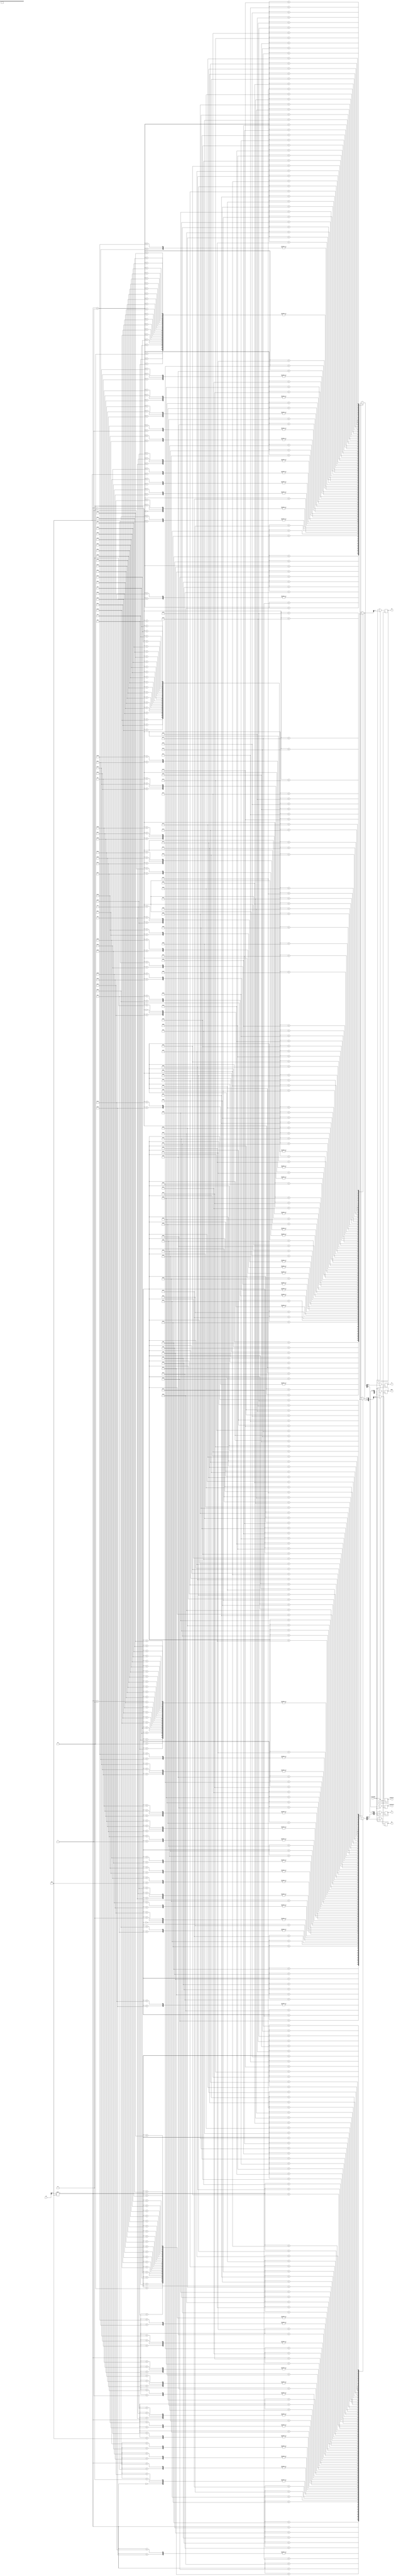
`timescale 1ns / 1ps
//////////////////////////////////////////////////////////////////////////////////
// Company: 
// Engineer: 
// 
// Design Name: 
// Module Name: InstructionMemory
// Project Name: 
// Target Devices: 
// Tool Versions: 
// Description: 
// 
// Dependencies: 
// 
// Revision:
// Revision 0.01 - File Created
// Additional Comments:
// 
//////////////////////////////////////////////////////////////////////////////////


module InstructionMemory(
    input clk,
    input [31:0] pc,
    input InsMemRW,
    output reg [5:0] op,
    output reg [4:0] rs,
    output reg [4:0] rt,
    output reg [4:0] rd,
    output reg [4:0] shAmount,
    output reg [15:0] immediate,
    output reg [25:0] addr
    );
    wire [7:0] mem[0:127];

    //addi $1,$0,8  00
    //1 00001000 00000001 00000000 00001000 08010008
    assign mem[0] = 8'b00001000;
    assign mem[1] = 8'b00000001;
    assign mem[2] = 8'b00000000;
    assign mem[3] = 8'b00001000;

    //ori  $2,$0,2  04
    //2 01001000 00000010 00000000 00000010 48020002
    assign mem[4] = 8'b01001000;
    assign mem[5] = 8'b00000010;
    assign mem[6] = 8'b00000000;
    assign mem[7] = 8'b00000010;

    //or  $3,$2,$1  08
    //3 01000000 01000001 00011000 00000000 40411800
    assign mem[8] = 8'b01000000;
    assign mem[9] = 8'b01000001;
    assign mem[10] = 8'b00011000;
    assign mem[11] = 8'b00000000;

    //sub  $4,$3,$1 0C
    //4 00000100 01100001 00100000 00000000 04612000
    assign mem[12] = 8'b00000100;
    assign mem[13] = 8'b01100001;
    assign mem[14] = 8'b00100000;
    assign mem[15] = 8'b00000000;

    //and  $5,$4,$2 10
    //5 01000100 10000010 00101000 00000000 44822800
    assign mem[16] = 8'b01000100;
    assign mem[17] = 8'b10000010;
    assign mem[18] = 8'b00101000;
    assign mem[19] = 8'b00000000;

    //sll   $5,$5,2 14
    //6 01100000 00000101 00101000 10000000 60052880
    assign mem[20] = 8'b01100000;
    assign mem[21] = 8'b00000101;
    assign mem[22] = 8'b00101000;
    assign mem[23] = 8'b10000000;

    //beq  $5,$1,-2 18
    //7 11010000 10100001 11111111 11111110 D0A1FFFE
    assign mem[24] = 8'b11010000;
    assign mem[25] = 8'b10100001;
    assign mem[26] = 8'b11111111;
    assign mem[27] = 8'b11111110;

    //jal  0x00000040   1C
    //8 11101000 00000000 00000000 00010000 E8000010
    assign mem[28] = 8'b11101000;
    assign mem[29] = 8'b00000000;
    assign mem[30] = 8'b00000000;
    assign mem[31] = 8'b00010000;

    //slt  $8,$12,$1    20
    //9 10011001 10000001 01000000 00000000 99814000
    assign mem[32] = 8'b10011001;
    assign mem[33] = 8'b10000001;
    assign mem[34] = 8'b01000000;
    assign mem[35] = 8'b00000000;

    //addi  $13,$0,-2   24
    //10 00001000 00001101 11111111 11111110 080DFFFE
    assign mem[36] = 8'b00001000;
    assign mem[37] = 8'b00001101;
    assign mem[38] = 8'b11111111;
    assign mem[39] = 8'b11111110;

    //slt  $9,$8,$13    28
    //11 10011001 00001101 01001000 00000000 990D4800
    assign mem[40] = 8'b10011001;
    assign mem[41] = 8'b00001101;
    assign mem[42] = 8'b01001000;
    assign mem[43] = 8'b00000000;

    //sltiu  $10,$9,2   2C
    //12 10011101 00101010 00000000 00000010 9D2A0002
    assign mem[44] = 8'b10011101;
    assign mem[45] = 8'b00101010;
    assign mem[46] = 8'b00000000;
    assign mem[47] = 8'b00000010;

    //sltiu  $11,$10,0  30
    //13 10011101 01001011 00000000 00000000 9D4B0000
    assign mem[48] = 8'b10011101;
    assign mem[49] = 8'b01001011;
    assign mem[50] = 8'b00000000;
    assign mem[51] = 8'b00000000;

    //addi  $13,$13,1   34
    //14 00001001 10101101 00000000 00000001 09AD0001
    assign mem[52] = 8'b00001001;
    assign mem[53] = 8'b10101101;
    assign mem[54] = 8'b00000000;
    assign mem[55] = 8'b00000001;

    //bltz $13,-2   38
    //15 11011001 10100000 11111111 11111110 D9A0FFFE
    assign mem[56] = 8'b11011001;
    assign mem[57] = 8'b10100000;
    assign mem[58] = 8'b11111111;
    assign mem[59] = 8'b11111110;

    //j  0x000004C  3C
    //16 11100000 00000000 00000000 00010011 E0000013
    assign mem[60] = 8'b11100000;
    assign mem[61] = 8'b00000000;
    assign mem[62] = 8'b00000000;
    assign mem[63] = 8'b00010011;

    //sw  $2,4($1)  40
    //17 11000000 00100010 00000000 00000100 C0220004
    assign mem[64] = 8'b11000000;
    assign mem[65] = 8'b00100010;
    assign mem[66] = 8'b00000000;
    assign mem[67] = 8'b00000100;

    //lw  $12,4($1) 44
    //18 11000100 00101100 00000000 00000100 C42C0004
    assign mem[68] = 8'b11000100;
    assign mem[69] = 8'b00101100;
    assign mem[70] = 8'b00000000;
    assign mem[71] = 8'b00000100;

    //jr  $31   48
    //19 11100111 11100000 00000000 00000000 E7E00000
    assign mem[72] = 8'b11100111;
    assign mem[73] = 8'b11100000;
    assign mem[74] = 8'b00000000;
    assign mem[75] = 8'b00000000;

    //halt  4C
    //20 11111100 00000000 00000000 00000000 FC000000
    assign mem[76] = 8'b11111100;
    assign mem[77] = 8'b00000000;
    assign mem[78] = 8'b00000000;
    assign mem[79] = 8'b00000000;
         
    // output
    always @(posedge clk) begin
        if (InsMemRW) begin
            op = mem[pc[6:2]*4][7:2]; 
            rs = {mem[pc[6:2]*4][1:0], mem[pc[6:2]*4+1][7:5]};
            rt = mem[pc[6:2]*4+1][4:0];
            rd = mem[pc[6:2]*4+2][7:3];
            immediate = {mem[pc[6:2]*4+2][7:0],mem[pc[6:2]*4+3][7:0]};
            shAmount = {mem[pc[6:2]*4+2][2:0], mem[pc[6:2]*4+3][7:6]};
            addr = {mem[pc[6:2]*4][1:0],mem[pc[6:2]*4+1][7:0],mem[pc[6:2]*4+2][7:0],mem[pc[6:2]*4+3][7:0]};     
        end     
    end       
    
endmodule